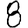
Digit: 8